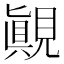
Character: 𰴓